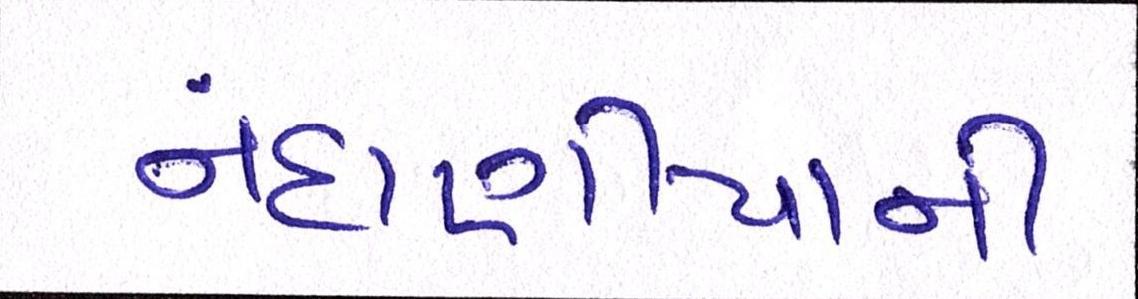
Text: નંદાણીયાની